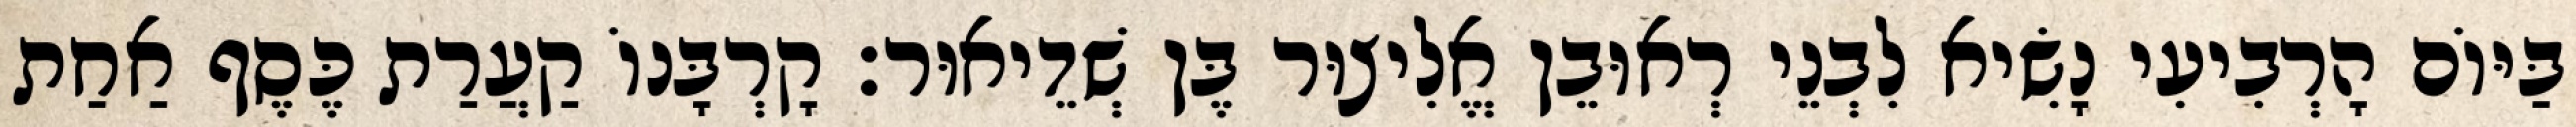
בַּיּוֹם הָרְבִיעִי נָשִׂיא לִבְנֵי רְאוּבֵן אֱלִיצוּר בֶּן שְׁדֵיאוּר׃ קָרְבָּנוֹ קַעֲרַת כֶּסֶף אַחַת